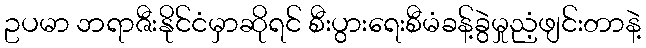
ဥပမာ ဘရာဇီးနိုင်ငံမှာဆိုရင် စီးပွားရေးစီမံခန့်ခွဲမှုညံ့ဖျင်းတာနဲ့